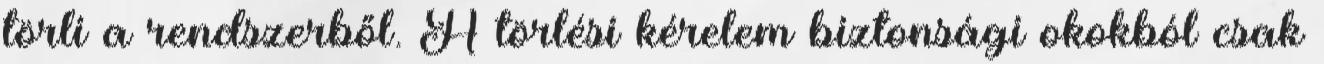
törli a rendszerből. A törlési kérelem biztonsági okokból csak